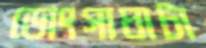
ডোংগাঘাটা